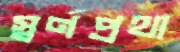
স্বর্ণপ্রথা